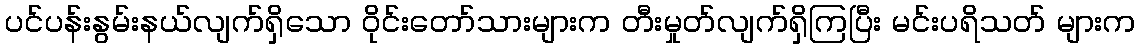
ပင်ပန်းနွမ်းနယ်လျက်ရှိသော ဝိုင်းတော်သားများက တီးမှုတ်လျက်ရှိကြပြီး မင်းပရိသတ် များက